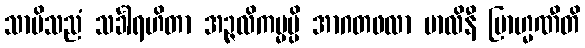
သာမိသညံ သင်္ခါရဟိတာ အဉ္ဇလိကမ္မမ္ပိ အာဂတဖလာ မာလိနီ ဗြာဟ္မဏီတိ